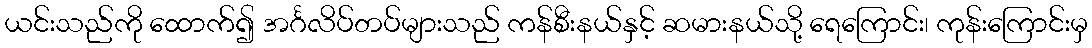
ယင်းသည်ကို ထောက်၍ အင်္ဂလိပ်တပ်များသည် ကန်စီးနယ်နှင့် ဆမားနယ်သို့ ရေကြောင်း၊ ကုန်းကြောင်းမှ